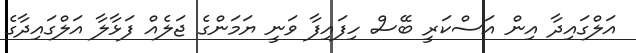
އަލްގައިދާ އިން އަސްކަރީ ބޭސް ހިފައިފާ ވަނީ ޔަމަންގެ ޖަލެއް ފަޅާލާ އަލްގައިދާގެ